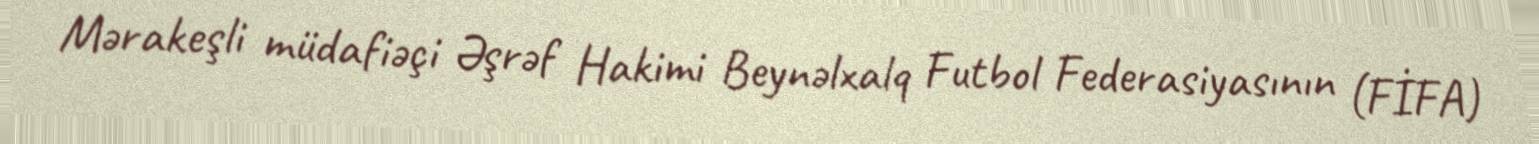
Mərakeşli müdafiəçi Əşrəf Hakimi Beynəlxalq Futbol Federasiyasının (FİFA)